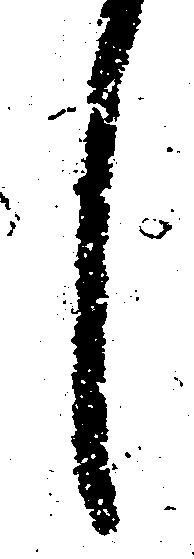
し